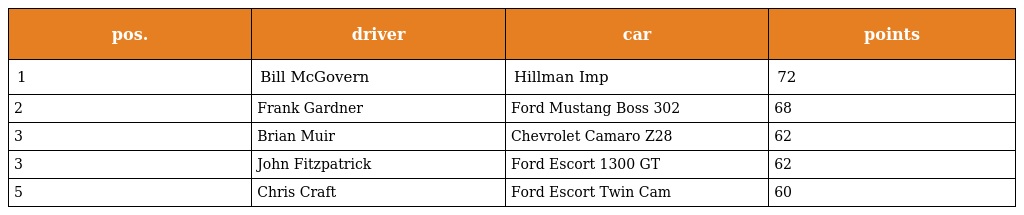
| pos. | driver | car | points |
 | --- | --- | --- | --- |
 | 1 | Bill McGovern | Hillman Imp | 72 |
 | 2 | Frank Gardner | Ford Mustang Boss 302 | 68 |
 | 3 | Brian Muir | Chevrolet Camaro Z28 | 62 |
 | 3 | John Fitzpatrick | Ford Escort 1300 GT | 62 |
 | 5 | Chris Craft | Ford Escort Twin Cam | 60 |